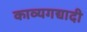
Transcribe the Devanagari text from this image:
काव्यगद्यादी